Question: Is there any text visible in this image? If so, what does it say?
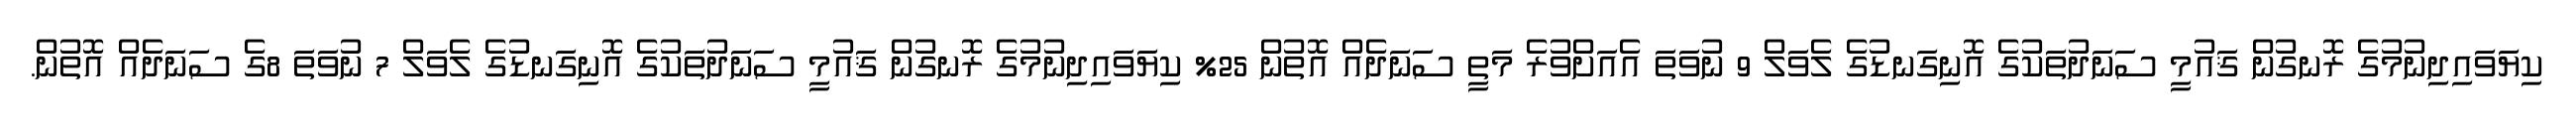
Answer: ކިޔަވައިދިނުމުގެ ރޮނގުން ޤައުމީ ސަނަދުތަކުގެ އޮނިގަނޑުގެ ލެވަލް 9 ނުވަތަ އެއަށްވުރެ މަތީ ސަނަދެއް އޮތުން 25% ކިޔަވައިދިނުމުގެ ރޮނގުން ޤައުމީ ސަނަދުތަކުގެ އޮނިގަނޑުގެ ލެވަލް 7 ނުވަތަ 8ގެ ސަނަދެއް އޮތުން.